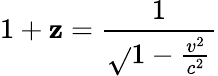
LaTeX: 1+\mathbf{z}={\frac{{1}}{{\sqrt{}{{1-{\frac{{v^{2}}}{{c^{2}}}}}}}}}